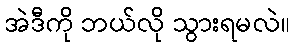
အဲဒီကို ဘယ်လို သွားရမလဲ။